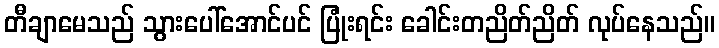
တီချာမေသည် သွားပေါ်အောင်ပင် ပြုံးရင်း ခေါင်းတညိတ်ညိတ် လုပ်နေသည်။